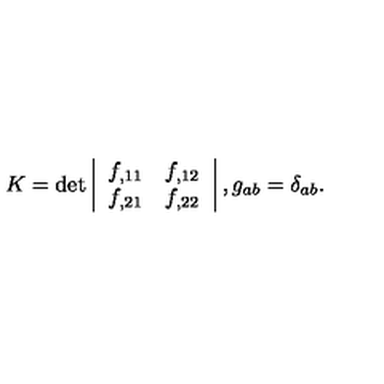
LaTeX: K = \det \left| \begin{array} { c c } { f _ { , 1 1 } } & { f _ { , 1 2 } } \\ { f _ { , 2 1 } } & { f _ { , 2 2 } } \\ \end{array} \right| , g _ { a b } = \delta _ { a b } .